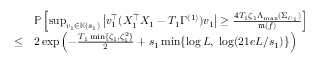
\begin{array} { r l } & { \mathbb P \left[ \operatorname* { s u p } _ { \boldsymbol { v } _ { 1 } \in \mathbb K ( s _ { 1 } ) } \left\vert \boldsymbol { v } _ { 1 } ^ { \top } ( X _ { 1 } ^ { \top } X _ { 1 } - T _ { 1 } \Gamma ^ { ( 1 ) } ) \boldsymbol { v } _ { 1 } \right\vert \geq \frac { 4 T _ { 1 } \zeta _ { 1 } \Lambda _ { \operatorname* { m a x } } ( \Sigma _ { \boldsymbol { U } _ { 1 } } ) } { \mathfrak m ( f ) } \right] } \\ { \leq } & { 2 \exp \left( - \frac { T _ { 1 } \operatorname* { m i n } \{ \zeta _ { 1 } , \zeta _ { 1 } ^ { 2 } \} } { 2 } + s _ { 1 } \operatorname* { m i n } \{ \log L , ~ \log ( 2 1 e L / s _ { 1 } ) \} \right) } \end{array}